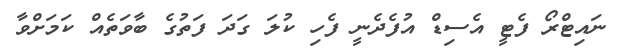
ނައިޓްރޯ ފެޓީ އެސިޑް އުފެދެނީ ފެހި ކުލަ ގަދަ ފަތުގެ ބާވަތެއް ކަމަށްވާ